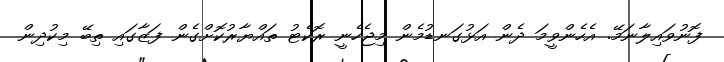
ފޮނުވައިލާނަމޭ. އެހެންވީމަ ދެން އަޅުގަނޑުމެން މިޖެހެނީ ރޮކެޓު ތައްޔާރުކޮށްގެން ފަޒާގައި ތިބޭ މިކުދިން